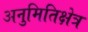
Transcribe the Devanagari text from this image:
अनुमितिक्षेत्र